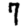
Digit: 7